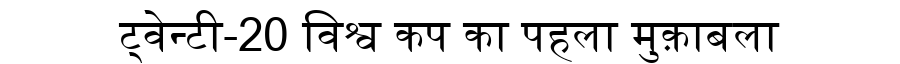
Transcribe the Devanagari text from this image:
ट्वेन्टी-20 विश्व कप का पहला मुक़ाबला